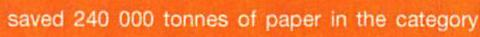
saved 240 000 tonnes of paper in the category